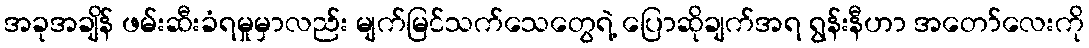
အခုအချိန် ဖမ်းဆီးခံရမှုမှာလည်း မျက်မြင်သက်သေတွေရဲ့ ပြောဆိုချက်အရ ရွန်းနီဟာ အတော်လေးကို